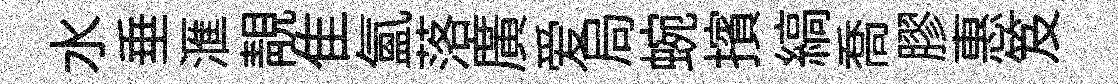
水垂滙靚隹氲落廣爱局蜿擯縞喬膠惠笈